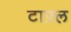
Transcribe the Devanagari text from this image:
टाफ़्ल